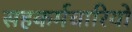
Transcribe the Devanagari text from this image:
सहकर्मचारियों